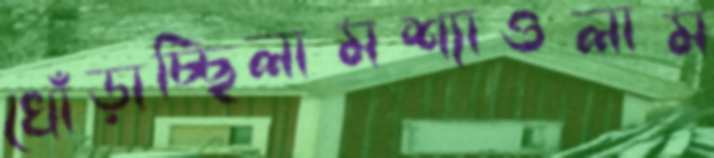
খোঁড়াচ্ছিলামশ্যাওলাম